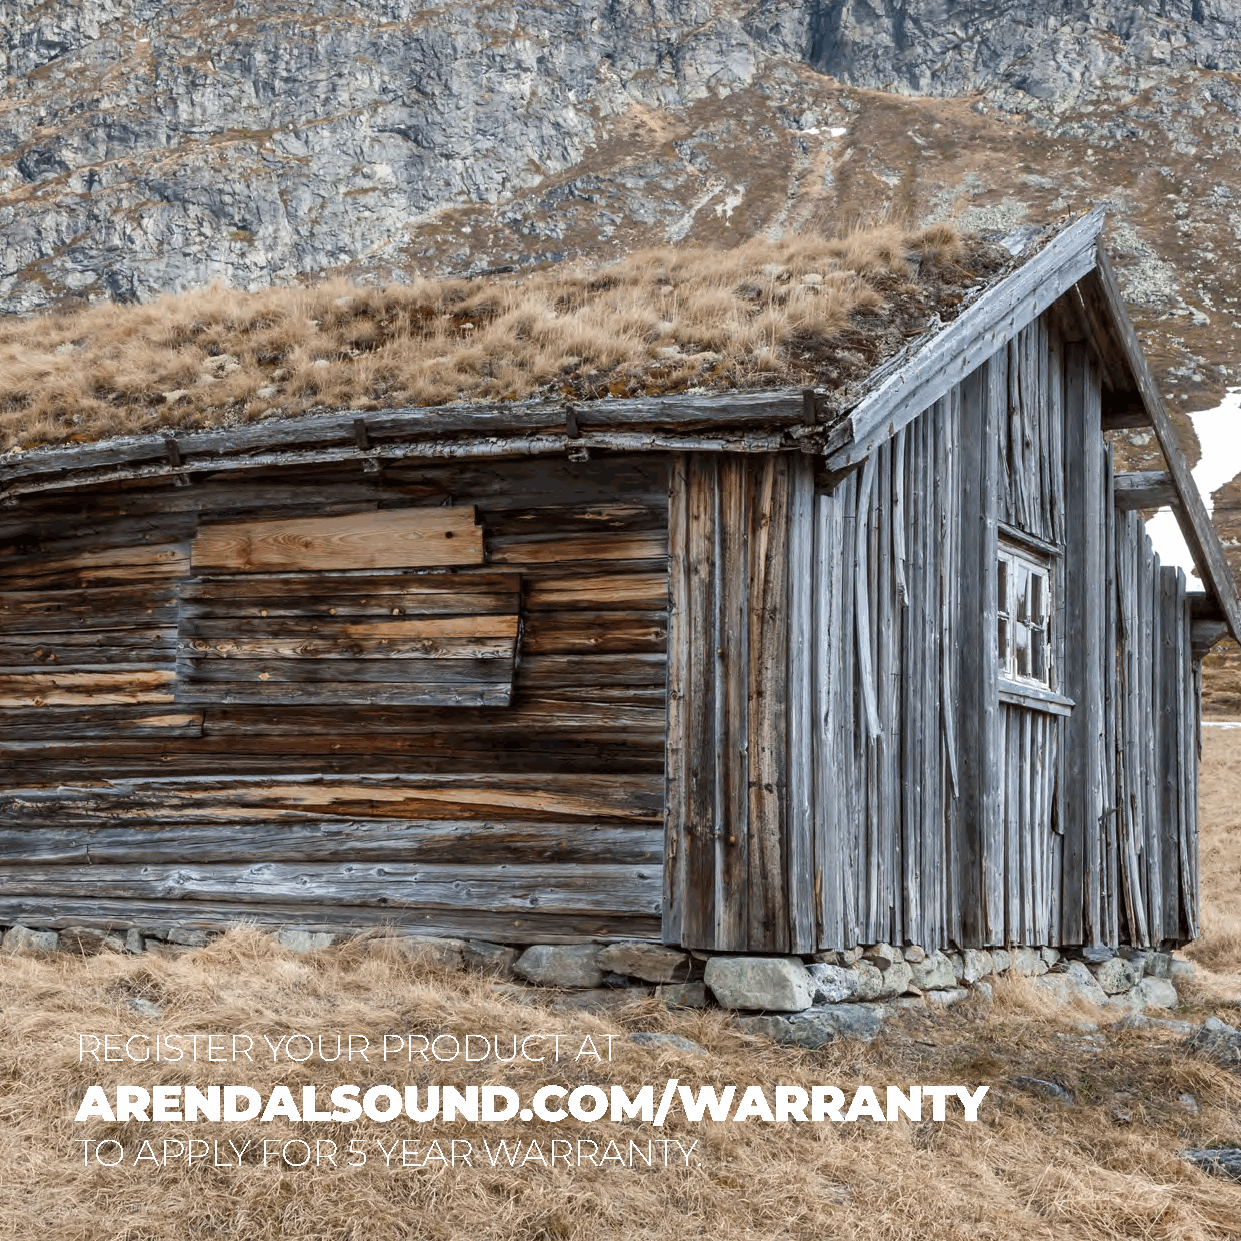
REGISTER    YOUR    PRODUCT      AT
 ARENDALSOUND.COM/WARRANTY
 TO  APPLY   FOR   5 YEAR   WARRANTY.